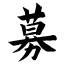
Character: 募